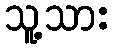
သူ့သား